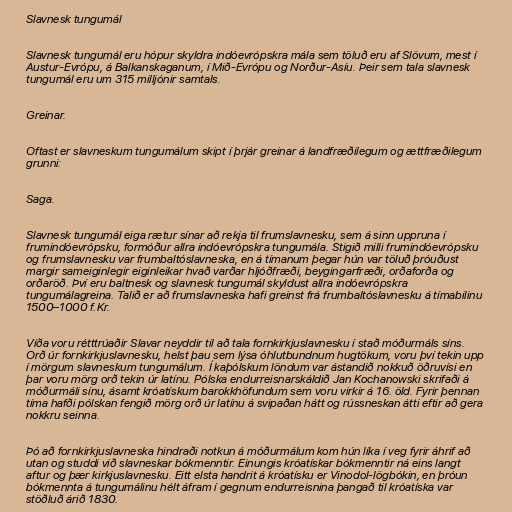
Slavnesk tungumál

Slavnesk tungumál eru hópur skyldra indóevrópskra mála sem töluð eru af Slövum, mest í
Austur-Evrópu, á Balkanskaganum, í Mið-Evrópu og Norður-Asíu. Þeir sem tala slavnesk
tungumál eru um 315 milljónir samtals.

Greinar.

Oftast er slavneskum tungumálum skipt í þrjár greinar á landfræðilegum og ættfræðilegum
grunni:

Saga.

Slavnesk tungumál eiga rætur sínar að rekja til frumslavnesku, sem á sinn uppruna í
frumindóevrópsku, formóður allra indóevrópskra tungumála. Stigið milli frumindóevrópsku
og frumslavnesku var frumbaltóslavneska, en á tímanum þegar hún var töluð þróuðust
margir sameiginlegir eiginleikar hvað varðar hljóðfræði, beygingarfræði, orðaforða og
orðaröð. Því eru baltnesk og slavnesk tungumál skyldust allra indóevrópskra
tungumálagreina. Talið er að frumslavneska hafi greinst frá frumbaltóslavnesku á tímabilinu
1500–1000 f.Kr.

Víða voru rétttrúaðir Slavar neyddir til að tala fornkirkjuslavnesku í stað móðurmáls síns.
Orð úr fornkirkjuslavnesku, helst þau sem lýsa óhlutbundnum hugtökum, voru því tekin upp
í mörgum slavneskum tungumálum. Í kaþólskum löndum var ástandið nokkuð öðruvísi en
þar voru mörg orð tekin úr latínu. Pólska endurreisnarskáldið Jan Kochanowski skrifaði á
móðurmáli sínu, ásamt króatískum barokkhöfundum sem voru virkir á 16. öld. Fyrir þennan
tíma hafði pólskan fengið mörg orð úr latínu á svipaðan hátt og rússneskan átti eftir að gera
nokkru seinna.

Þó að fornkirkjuslavneska hindraði notkun á móðurmálum kom hún líka í veg fyrir áhrif að
utan og studdi við slavneskar bókmenntir. Einungis króatískar bókmenntir ná eins langt
aftur og þær kirkjuslavnesku. Eitt elsta handrit á króatísku er Vinodol-lögbókin, en þróun
bókmennta á tungumálinu hélt áfram í gegnum endurreisnina þangað til króatíska var
stöðluð árið 1830.